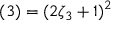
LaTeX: ( 3 ) = ( 2 \zeta _ { 3 } + 1 ) ^ { 2 }